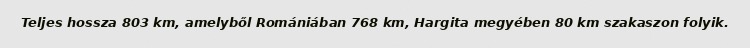
Teljes hossza 803 km, amelyből Romániában 768 km, Hargita megyében 80 km szakaszon folyik.